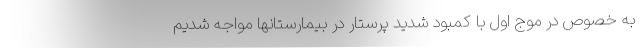
به خصوص در موج اول با کمبود شدید پرستار در بیمارستانها مواجه شدیم